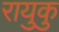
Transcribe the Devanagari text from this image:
रायुकु